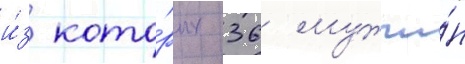
и́з кото́рых 36 мужчи́н